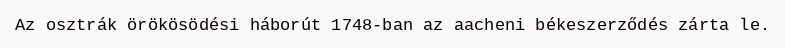
Az osztrák örökösödési háborút 1748-ban az aacheni békeszerződés zárta le.